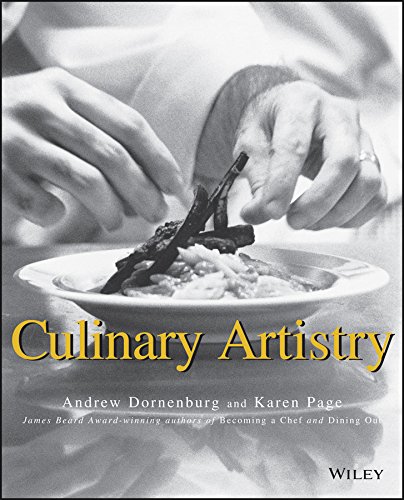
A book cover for Culinary Artistry; Andrew Dornenburg; Cookbooks, Food & Wine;